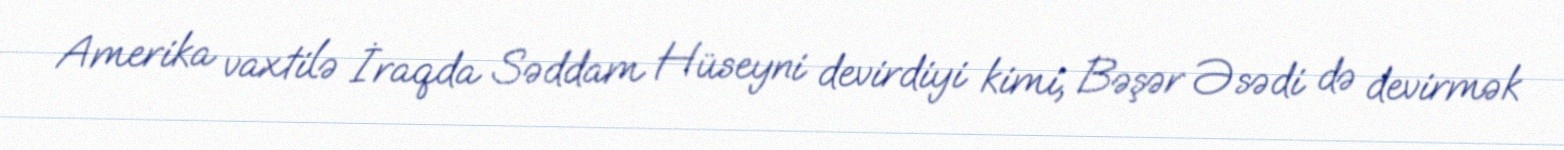
Amerika vaxtilə İraqda Səddam Hüseyni devirdiyi kimi, Bəşər Əsədi də devirmək